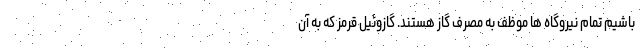
باشیم تمام نیروگاه ها موظف به مصرف گاز هستند. گازوئیل قرمز که به آن